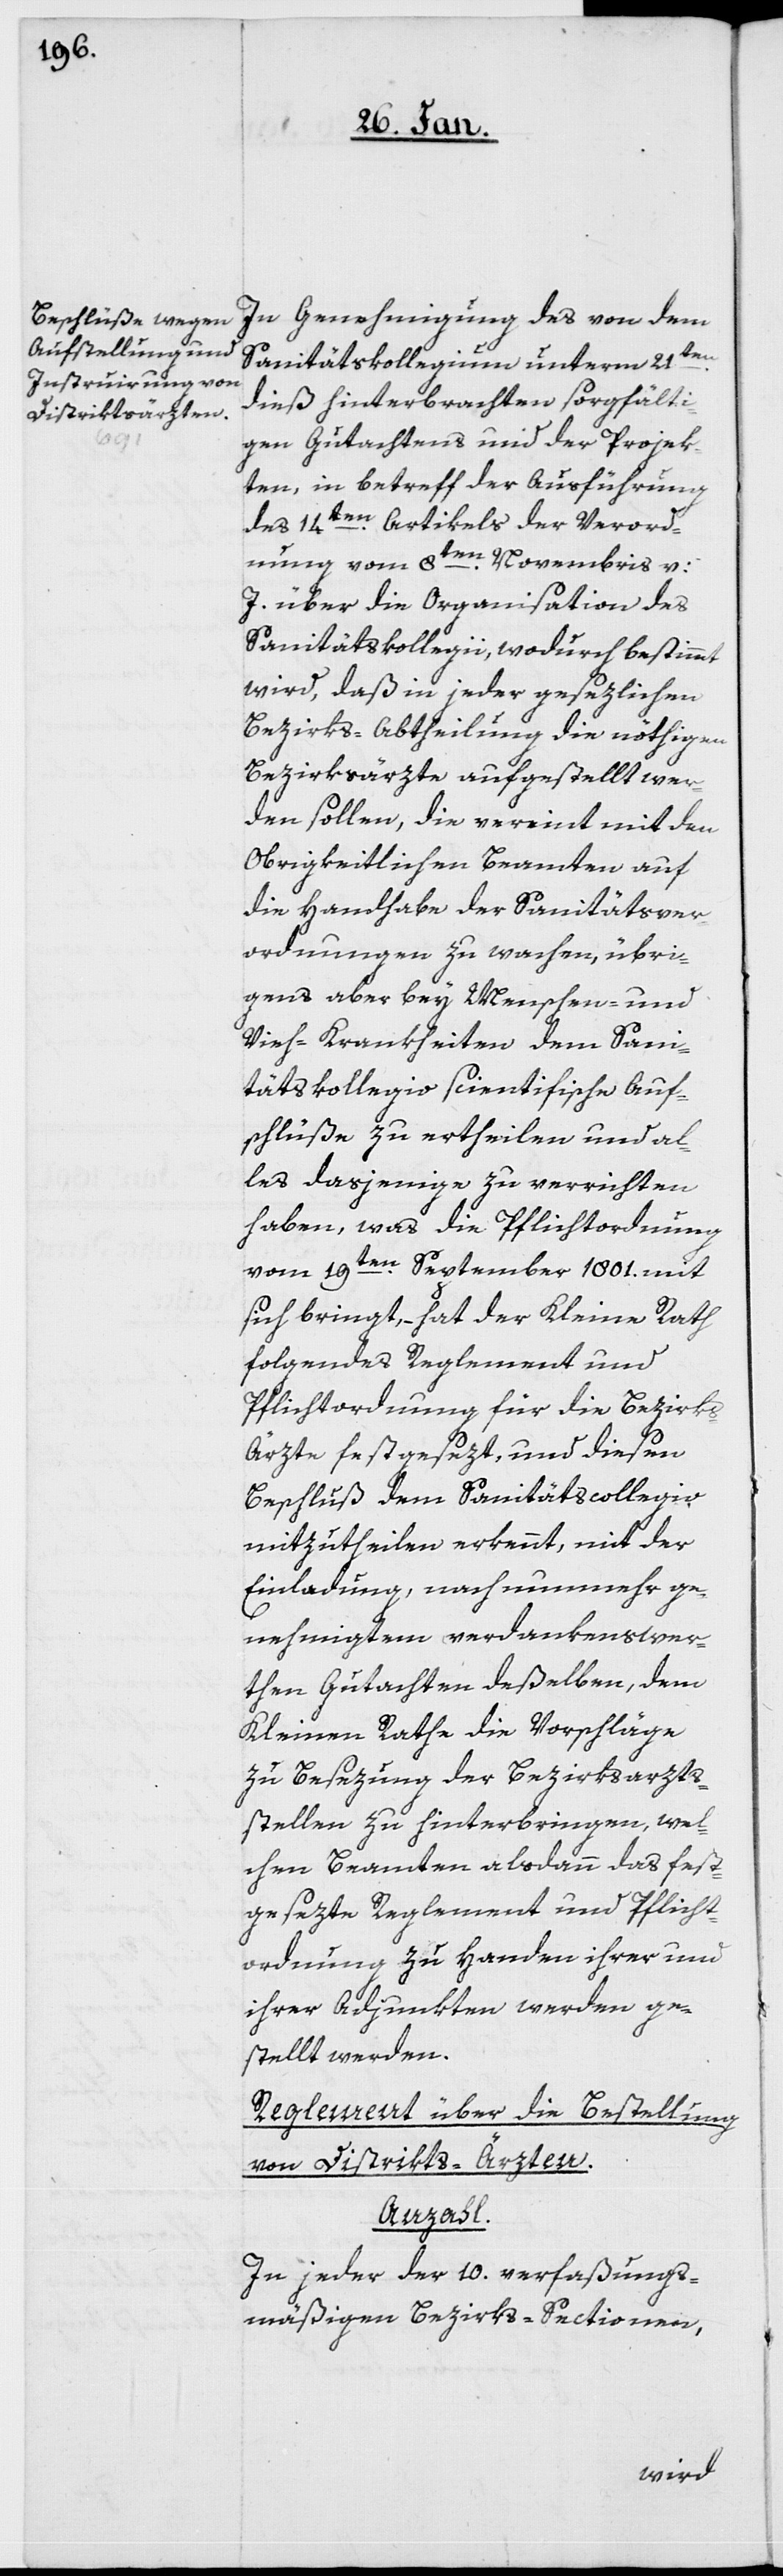
In Genehmigung des von dem
Sanitätskollegium unterm 21sten.
dieß hinterbrachten sorgfälti¬
gen Gutachtens und der Projek¬
ten, in betreff der Ausführung
en. Artikels der Verord¬
des 14t¬
nung vom 8ten. Novembris v:
J. über die Organisation des
Sanitätskollegii, wodurch bestimmt
wird, daß in jeder gesezlichen
Bezirks-Abtheilung die nöthigen
Bezirksärzte aufgestellt wer¬
den sollen, die vereint mit den
Obrigkeitlichen Beamten auf
die Handhabe der Sanitätsver¬
ordnungen zu wachen, übri¬
gens aber bey Menschen- und
Vieh-Krankheiten dem Sani¬
tätskollegio scientifische Auf¬
schlüße zu ertheilen und al¬
les dasjenige zu errichten
haben, was die Pflichtordnung
vom 19ten. September 1801. mit
sich bringt, – hat der Kleine Rath
folgendes Reglement und
Pflichtordnung für die Bezirk¬
s-Ärzte festgesezt, und diesen
Beschluß dem Sanitätskollegio
mitzutheilen erkennt, mit der
Einladung, nach nunmehr ge¬
nehmigten verdankenswer¬
then Gutachten deßelben, dem
Kleinen Rathe die Vorschläge
zu Besezung der Bezirksarzt¬
stellen zu hinterbringen, wel¬
chen Beamten alsdann das fest¬
gesezte Reglement und Pflicht¬
ordnung zu Handen ihrer und
ihrer Adjunkten werden ge¬
stellt werden.
Reglement über die Bestellung
von Distrikts-Ärzten.
Anzahl.
In jeder der 10 verfaßungs¬
mäßigen Bezirks-Sectionen,